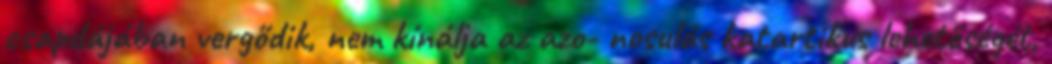
csapdájában vergődik, nem kínálja az azo- nosulás katartikus lehetőségét,